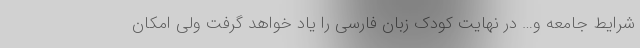
شرایط جامعه و… در نهایت کودک زبان فارسی را یاد خواهد گرفت ولی امکان